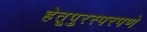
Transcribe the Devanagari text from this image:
हेतूपुरस्परपणे